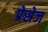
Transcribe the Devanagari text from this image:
प्रेसेज